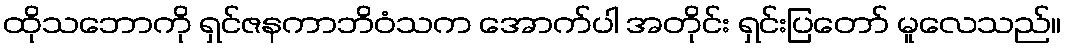
ထိုသဘောကို ရှင်ဇနကာဘိဝံသက အောက်ပါ အတိုင်း ရှင်းပြတော် မူလေသည်။